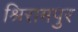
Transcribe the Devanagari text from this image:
श्रिरामपुर